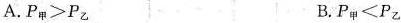
A. $$P_{甲}>P_{乙} $$ B. $$P_{甲}<P_{乙} $$